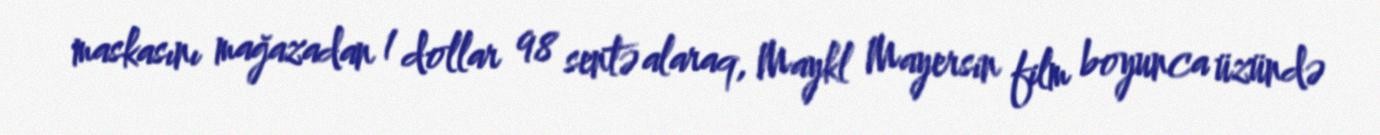
maskasını mağazadan 1 dollar 98 sentə alaraq, Maykl Mayersin film boyunca üzündə